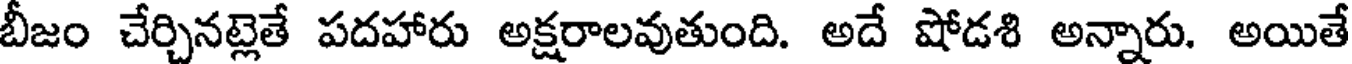
బీజం చేర్చినట్లెతే పదహారు అక్షరాలవుతుంది. అదే షోడశి అన్నారు. అయితే